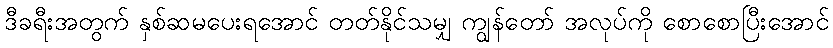
ဒီခရီးအတွက် နှစ်ဆမပေးရအောင် တတ်နိုင်သမျှ ကျွန်တော် အလုပ်ကို စောစောပြီးအောင်